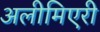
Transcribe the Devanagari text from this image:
अलीमिएरी